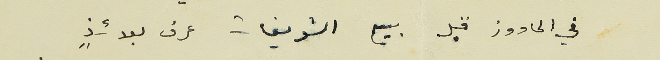
في الحاووز قبل بيع الشويفات عرف بعدئذٍ